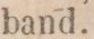
band.